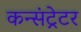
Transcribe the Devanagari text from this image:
कन्संट्रेटर